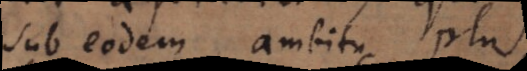
sub eodem ambitu plus